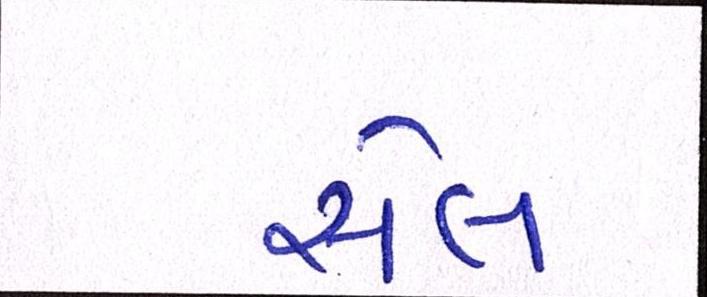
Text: સેલ